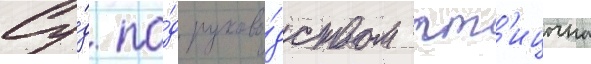
Су́д по́д руково́дством пт'ицына